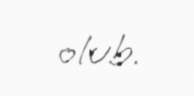
olub.